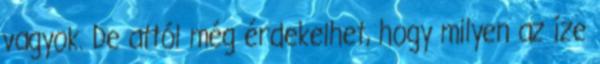
vagyok. De attól még érdekelhet, hogy milyen az íze